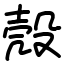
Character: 殼